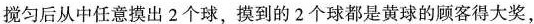
搅匀后从中任意摸出2个球，摸到的2个球都是黄球的顾客得大奖，